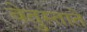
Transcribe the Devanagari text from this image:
वेतुस्ताते